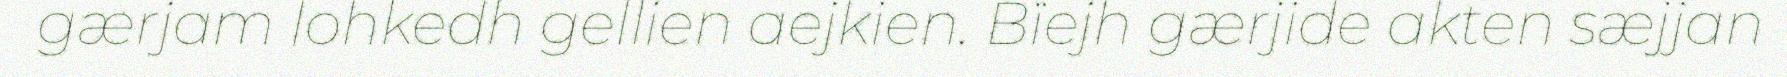
gærjam lohkedh gellien aejkien. Bïejh gærjide akten sæjjan